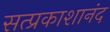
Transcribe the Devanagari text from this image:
सत्प्रकाशानंद